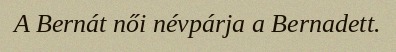
A Bernát női névpárja a Bernadett.